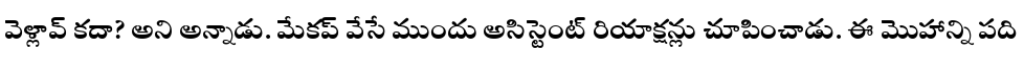
వెళ్లావ్ కదా? అని అన్నాడు. మేకప్ వేసే ముందు అసిస్టెంట్ రియాక్షన్లు చూపించాడు. ఈ మొహాన్ని పది